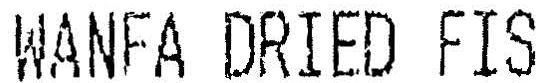
WANFA DRIED FIS